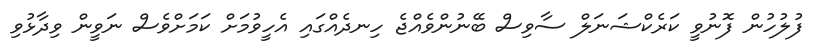
ފުލުހުން ފޮނުވީ ކަރެކްޝަނަލް ސާވިސް ބޭނުންވެއްޖެ ހިނދެއްގައި އެހީވުމަށް ކަމަށްވެސް ނަވީން ވިދާޅުވި